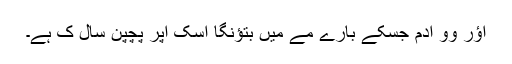
اؤر وو اَدمِ جِسکے بارے مے میں بتؤنگا اُسکِ اُپر پچپن سال کِ ہے۔